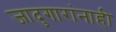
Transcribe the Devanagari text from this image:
जादुगारांनाही